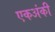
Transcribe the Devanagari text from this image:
एकअंकी